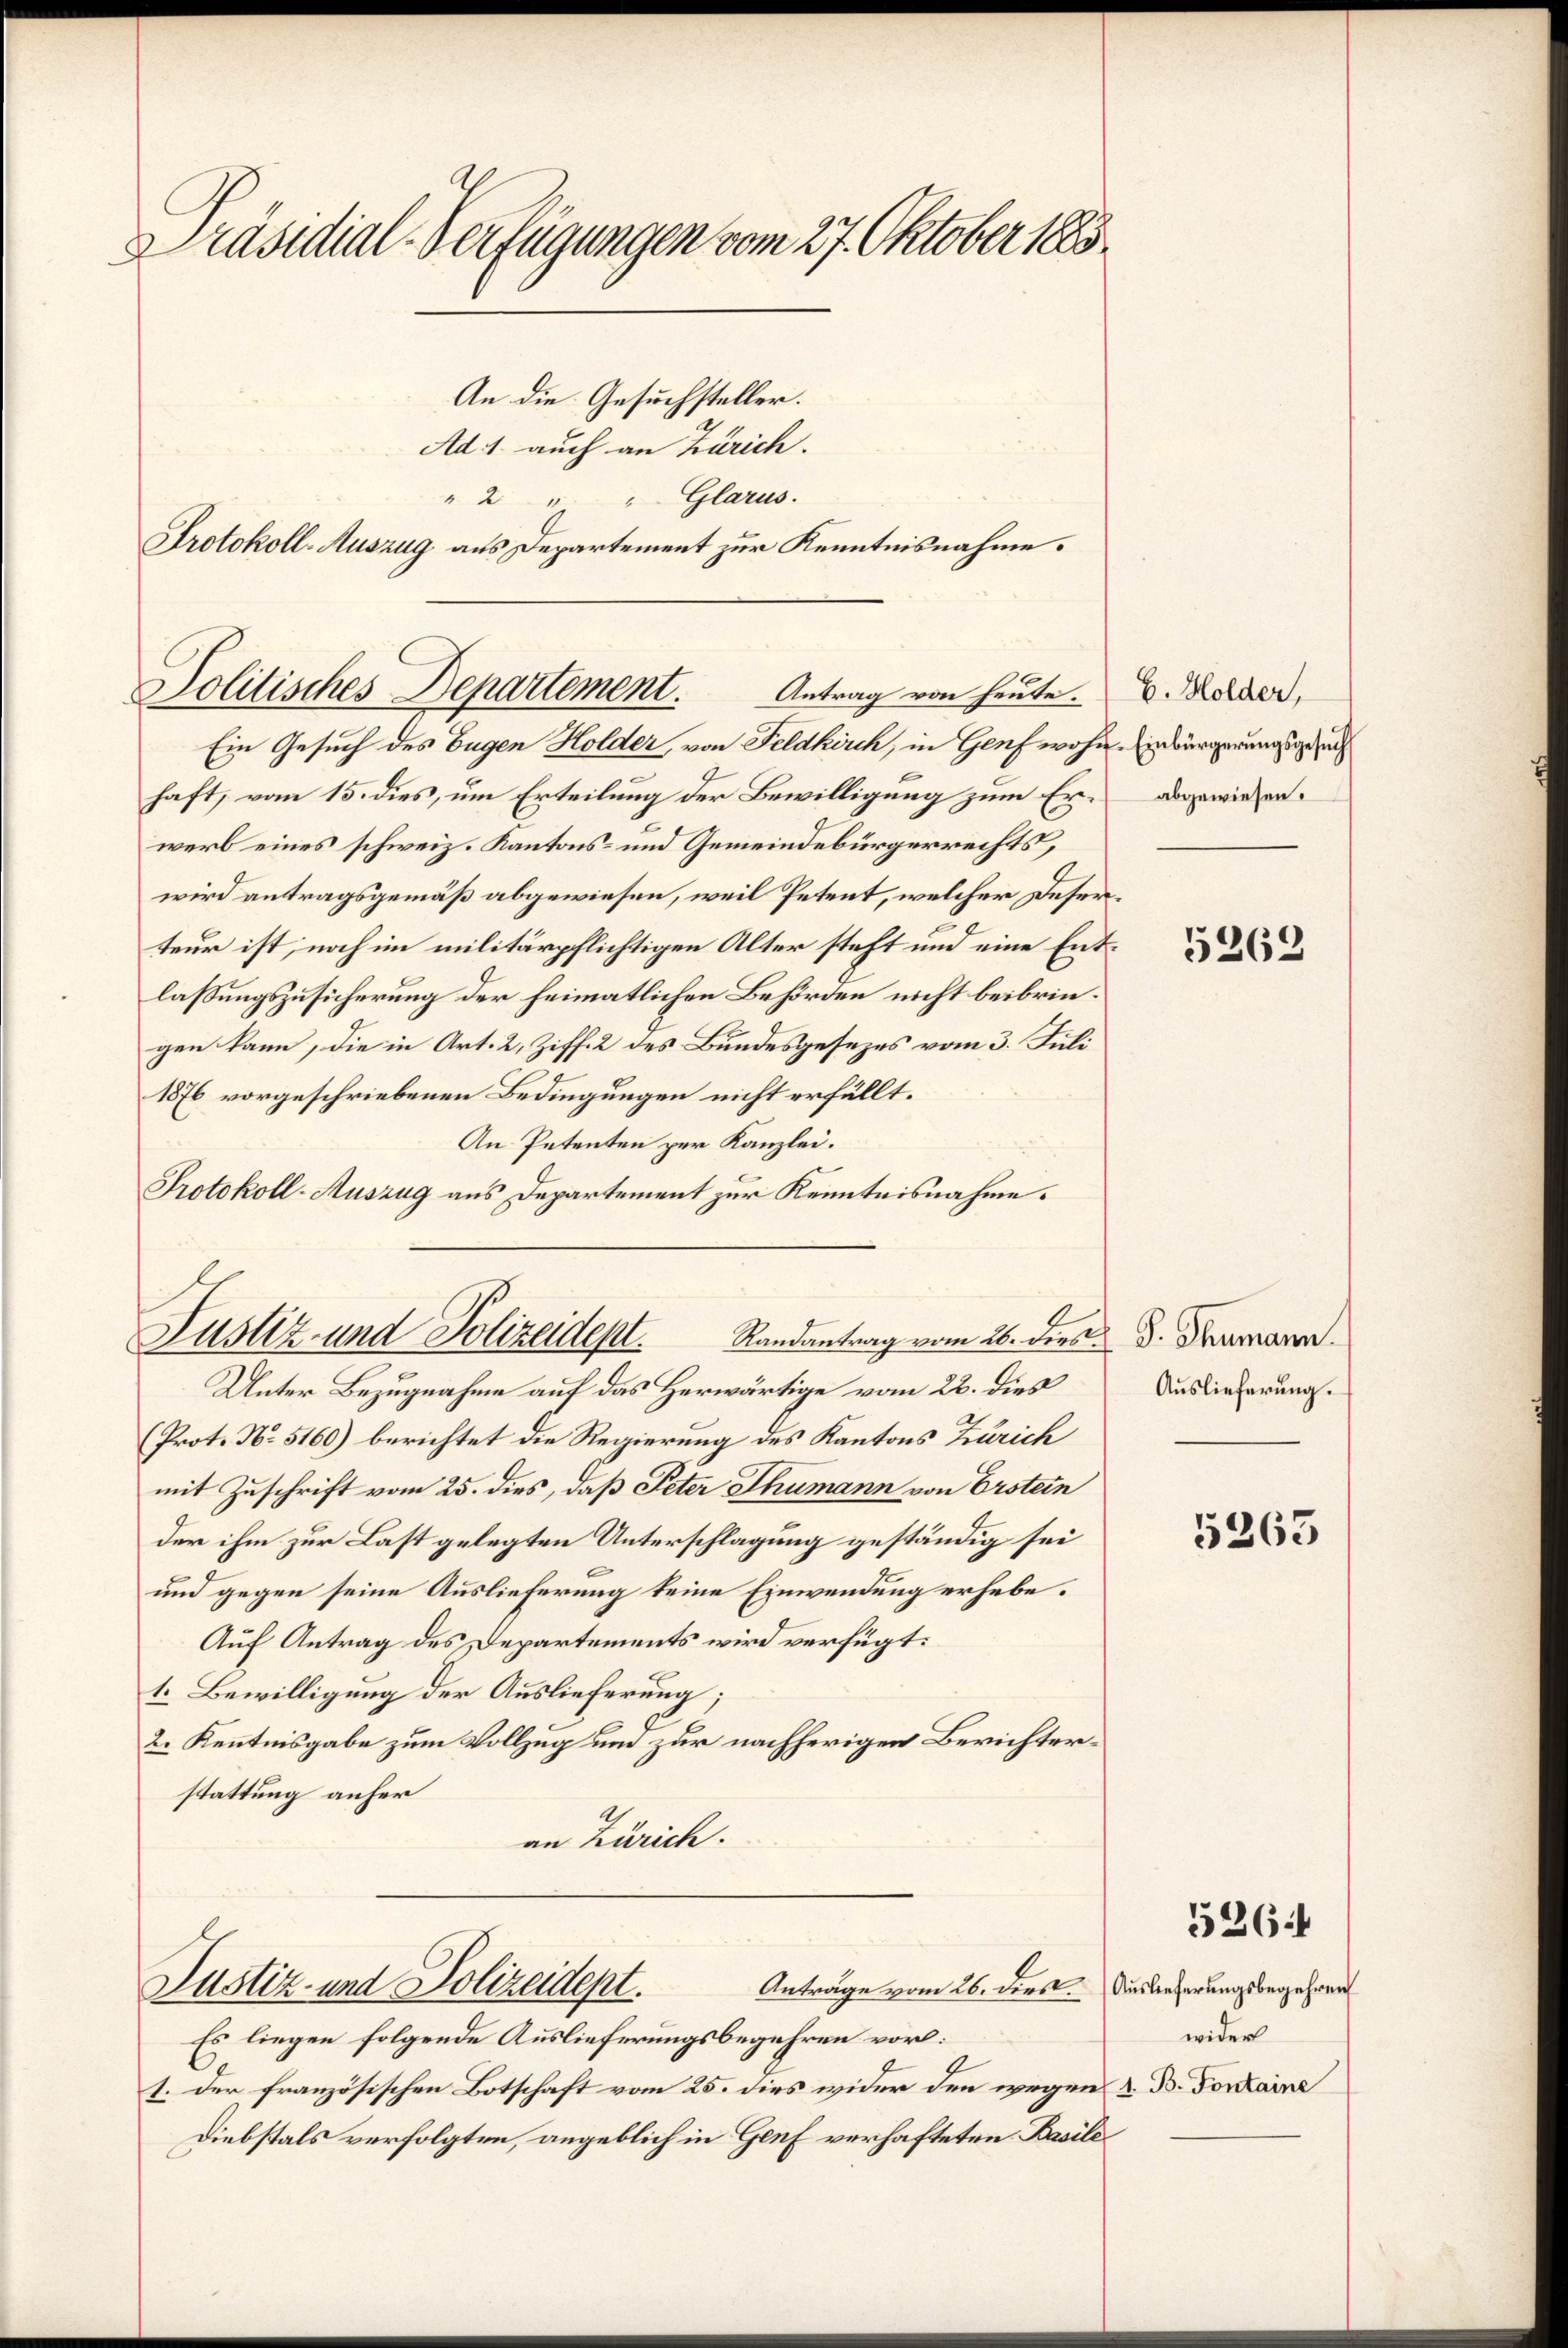
Präsidial-Verfügungen vom 27. Oktober 1883.
An die Gesuchsteller.

Politisches Departement.
Antrag von heute.

Ad 1. auch an Zürich.
" 2 " " Glarus.
Protokoll-Auszug aus Departement zur Kenntnisnahme.

Ein Gesuch des Eugen Holder, von Feldkirch, in Genf wohne Einbürgerungsgesuch
haft, vom 15. dies, um Erteilung der Bewilligung zum Erwerb eines schweiz. Kantons- und Gemeindebürgerrechts,
wird antragsgemäß abgewiesen, weil Petent, welcher Deserteur ist, noch im militärpflichtigen Alter steht und eine Entlassungszusicherung der heimatlichen Behörden nicht beibringen kann, die in Art. 2, Ziff. 2 des Bundesgesezes vom 3. Juli
1876 vorgeschriebenen Bedingungen nicht erfüllt.
An Petenten per Kanzlei.
Protokoll-Auszug aus Departement zur Kenntnisnahme.

Justiz- und Polizeidept.
Randantrag vom 26. dies d. Thumann.

Unter Bezugnahme auf das Herwärtige vom 22. dies
(Prot. No. 5160) berichtet die Regierung des Kantons Zürich
mit Zuschrift vom 25. dies, daß Peter Thumann von Erstein
der ihm zur Last gelegten Unterschlagung geständig sei
und gegen seine Auslieferung keine Einwendung erhebe¬
Auf Antrag des Departements wird verfügt:
1. Bewilligung der Auslieferung;
2. Kenntnisgabe zum Vollzug um zur nachherigen Berichterstattung anher
an Zürich.
Anträge vom 26. diest. Auslieferungsbegehren
Justiz- und Polizeidept.
Es liegen folgende Auslieferungsbegehren vorl:
1. der französischen Botschaft vom 25. dies wider den wegen z. B. Fontaine
Diebstals verfolgten, angeblich in Genf verhafteten Basili

b. Holder,
abgewiesen.

5262

Auslieferung.

5263

526

wider